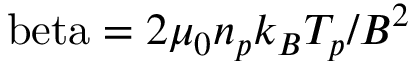
\mathrm { \ b e t a } = 2 \mu _ { 0 } n _ { p } k _ { B } T _ { p } / B ^ { 2 }